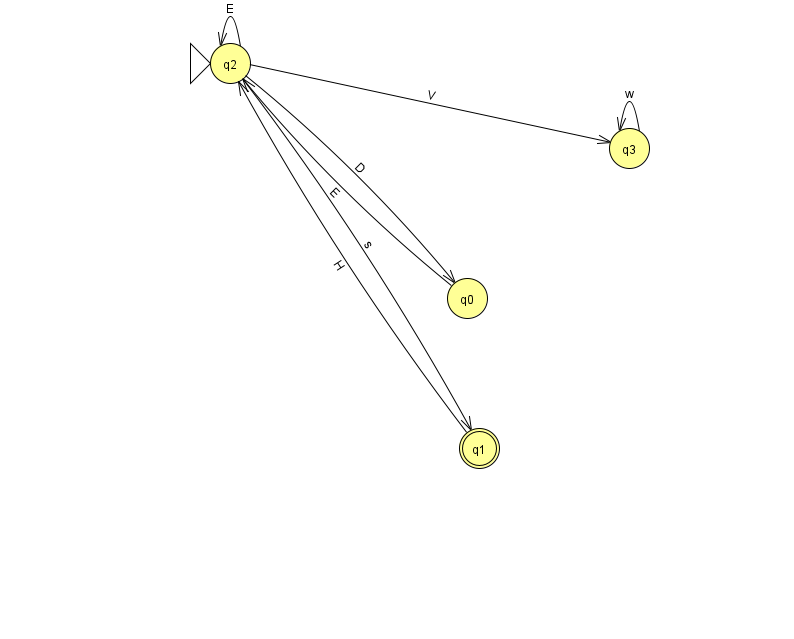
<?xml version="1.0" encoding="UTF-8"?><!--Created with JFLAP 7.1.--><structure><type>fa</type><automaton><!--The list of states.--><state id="0" name="q0"><x>467.0</x><y>285.0</y></state><state id="1" name="q1"><x>479.0</x><y>435.0</y><final/></state><state id="2" name="q2"><x>230.0</x><y>50.0</y><initial/></state><state id="3" name="q3"><x>629.0</x><y>135.0</y></state><!--The list of transitions.--><transition><from>2</from><to>2</to><read>E</read></transition><transition><from>0</from><to>2</to><read>E</read></transition><transition><from>2</from><to>1</to><read>s</read></transition><transition><from>2</from><to>0</to><read>D</read></transition><transition><from>3</from><to>3</to><read>w</read></transition><transition><from>1</from><to>2</to><read>H</read></transition><transition><from>2</from><to>3</to><read>V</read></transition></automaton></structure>